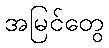
အမြင်တွေ